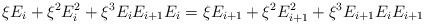
LaTeX: \begin{align*} \xi E_i+ \xi^2 E_i^2 + \xi^3 E_i E_{i+1} E_i = \xi E_{i+1}+\xi^2 E_{i+1}^2 + \xi^3E_{i+1}E_i E_{i+1}\end{align*}